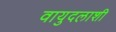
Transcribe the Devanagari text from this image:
वायुदलाशी